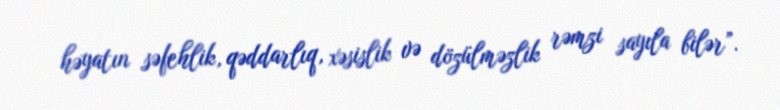
həyatın səfehlik, qəddarlıq, xəsislik və dözülməzlik rəmzi sayıla bilər”.